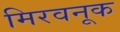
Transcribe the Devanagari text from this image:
मिरवनूक